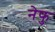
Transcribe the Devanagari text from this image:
नेफु